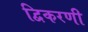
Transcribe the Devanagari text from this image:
द्विकरणी